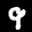
Label: 9